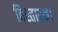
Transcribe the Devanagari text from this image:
विस्तारक।